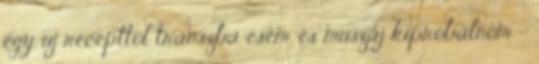
egy új recepttől transzba esem, és muszáj kipróbálnom -